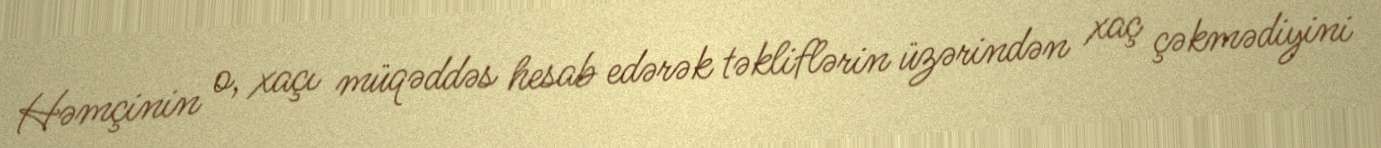
Həmçinin o, xaçı müqəddəs hesab edərək təkliflərin üzərindən xaç çəkmədiyini